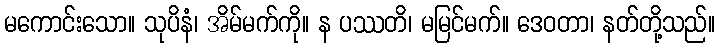
မကောင်းသော။ သုပိနံ၊ အိမ်မက်ကို။ န ပဿတိ၊ မမြင်မက်။ ဒေဝတာ၊ နတ်တို့သည်။